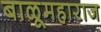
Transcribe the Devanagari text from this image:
बाळूमहाराज